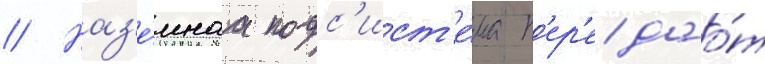
// Наз'е́мнаа подс'ист'е́ма п'ер'едао́т